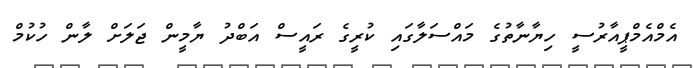
އެމްއެމްޕީއާރުސީ ހިޔާނާތުގެ މައްސަލާގައި ކުރީގެ ރައީސް އަބްދު ޔާމީން ޖަލަށް ލާން ހުކުމް